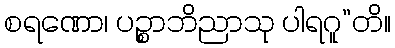
စရဏော၊ ပဉ္စာဘိညာသု ပါရဂူ”တိ။